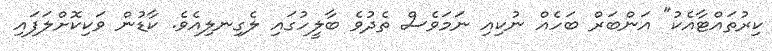
ކިރުތައްޓާއެކު" އަންބަރް ބަހެއް ނުކިއި ނަމަވެސް ތެދުވެ ބާލީހުގައި ލެގިނލިއެވެ. ކާޑުން ވަކިކޮށްލަފައި